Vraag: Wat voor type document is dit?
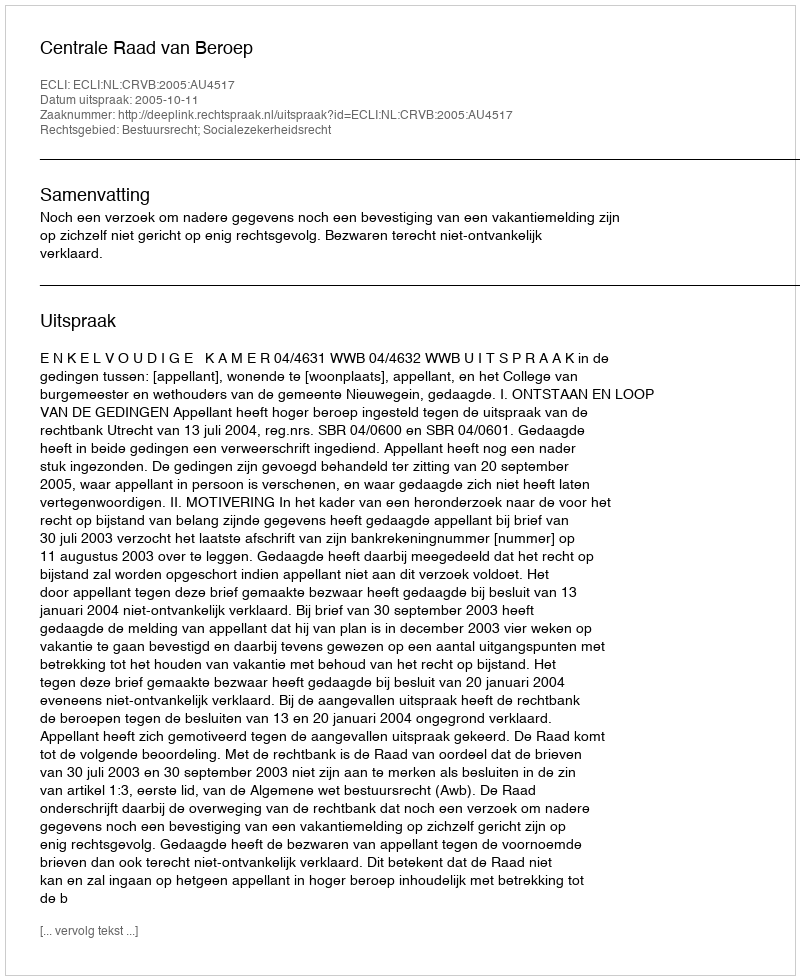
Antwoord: Uitspraak